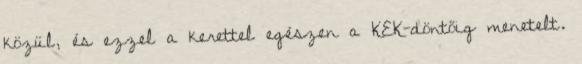
közül, és ezzel a kerettel egészen a KEK-döntőig menetelt.